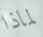
لماذا